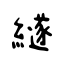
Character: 繸